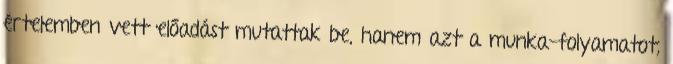
értelemben vett előadást mutattak be, hanem azt a munka-folyamatot,